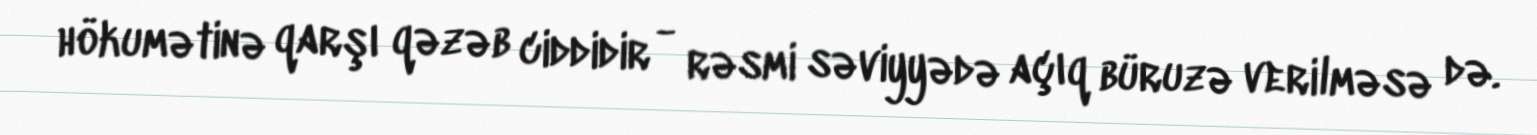
hökumətinə qarşı qəzəb ciddidir - rəsmi səviyyədə açıq büruzə verilməsə də.